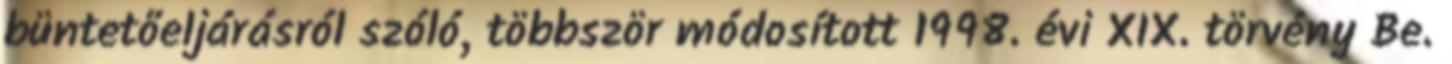
büntetőeljárásról szóló, többször módosított 1998. évi XIX. törvény Be.